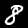
Digit: 8